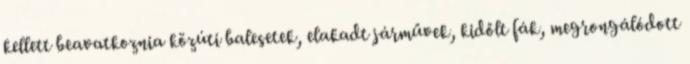
kellett beavatkoznia közúti balesetek, elakadt járművek, kidőlt fák, megrongálódott